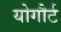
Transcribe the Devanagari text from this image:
योगौर्ट